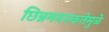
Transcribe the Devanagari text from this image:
छिन्नमनस्कतेमुळे